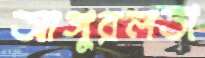
আঙ্গুরলতা